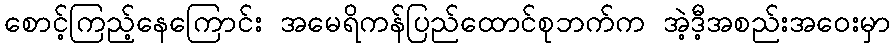
စောင့်ကြည့်နေကြောင်း အမေရိကန်ပြည်ထောင်စုဘက်က အဲ့ဒီ့အစည်းအဝေးမှာ